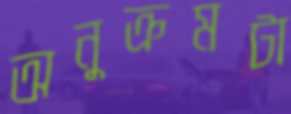
অনুক্রমটা